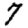
Digit: 7